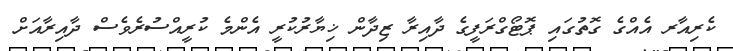
ކެރިއާރ އެއްގެ ގޮތުގައި ޕޮޓޯގްރަފީގެ ދާއިރާ ޒިދާން ޚިޔާރުކުރީ އެންމެ ކުރީއްސުރެވެސް ދާއިރާއަށް